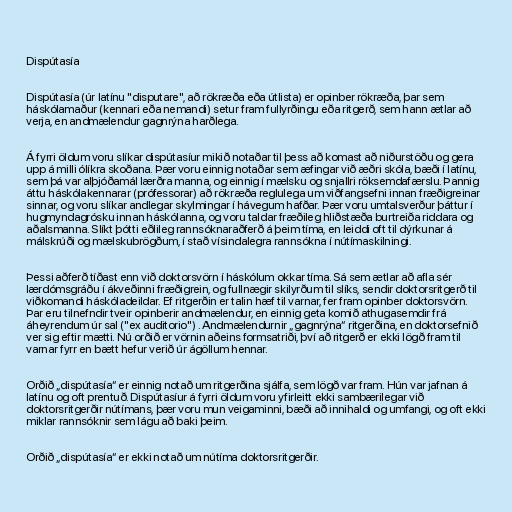
Dispútasía

Dispútasía (úr latínu "disputare", að rökræða eða útlista) er opinber rökræða, þar sem
háskólamaður (kennari eða nemandi) setur fram fullyrðingu eða ritgerð, sem hann ætlar að
verja, en andmælendur gagnrýna harðlega.

Á fyrri öldum voru slíkar dispútasíur mikið notaðar til þess að komast að niðurstöðu og gera
upp á milli ólíkra skoðana. Þær voru einnig notaðar sem æfingar við æðri skóla, bæði í latínu,
sem þá var alþjóðamál lærðra manna, og einnig í mælsku og snjallri röksemdafærslu. Þannig
áttu háskólakennarar (prófessorar) að rökræða reglulega um viðfangsefni innan fræðigreinar
sinnar, og voru slíkar andlegar skylmingar í hávegum hafðar. Þær voru umtalsverður þáttur í
hugmyndagrósku innan háskólanna, og voru taldar fræðileg hliðstæða burtreiða riddara og
aðalsmanna. Slíkt þótti eðlileg rannsóknaraðferð á þeim tíma, en leiddi oft til dýrkunar á
málskrúði og mælskubrögðum, í stað vísindalegra rannsókna í nútímaskilningi.

Þessi aðferð tíðast enn við doktorsvörn í háskólum okkar tíma. Sá sem ætlar að afla sér
lærdómsgráðu í ákveðinni fræðigrein, og fullnægir skilyrðum til slíks, sendir doktorsritgerð til
viðkomandi háskóladeildar. Ef ritgerðin er talin hæf til varnar, fer fram opinber doktorsvörn.
Þar eru tilnefndir tveir opinberir andmælendur, en einnig geta komið athugasemdir frá
áheyrendum úr sal ("ex auditorio") . Andmælendurnir „gagnrýna“ ritgerðina, en doktorsefnið
ver sig eftir mætti. Nú orðið er vörnin aðeins formsatriði, því að ritgerð er ekki lögð fram til
varnar fyrr en bætt hefur verið úr ágöllum hennar.

Orðið „dispútasía“ er einnig notað um ritgerðina sjálfa, sem lögð var fram. Hún var jafnan á
latínu og oft prentuð. Dispútasíur á fyrri öldum voru yfirleitt ekki sambærilegar við
doktorsritgerðir nútímans, þær voru mun veigaminni, bæði að innihaldi og umfangi, og oft ekki
miklar rannsóknir sem lágu að baki þeim.

Orðið „dispútasía“ er ekki notað um nútíma doktorsritgerðir.